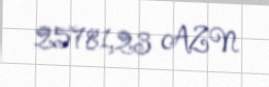
25781,23 AZN